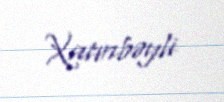
Xatınbəyli